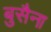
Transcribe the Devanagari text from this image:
बुसैना